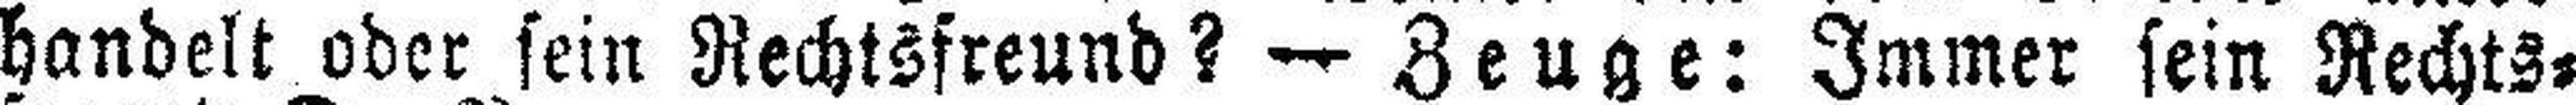
handelt oder sein Rechtsfreund? — Zeuge: Immer sein Rechts¬